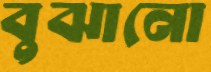
বুঝানো